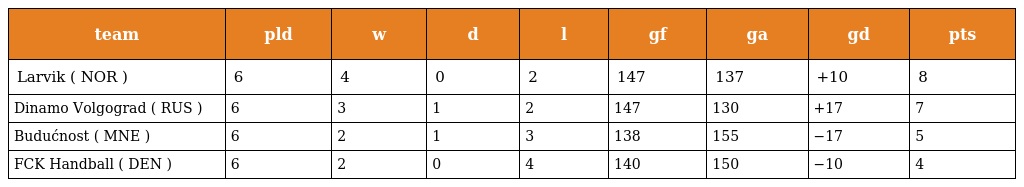
| team | pld | w | d | l | gf | ga | gd | pts |
 | --- | --- | --- | --- | --- | --- | --- | --- | --- |
 | Larvik ( NOR ) | 6 | 4 | 0 | 2 | 147 | 137 | +10 | 8 |
 | Dinamo Volgograd ( RUS ) | 6 | 3 | 1 | 2 | 147 | 130 | +17 | 7 |
 | Budućnost ( MNE ) | 6 | 2 | 1 | 3 | 138 | 155 | −17 | 5 |
 | FCK Handball ( DEN ) | 6 | 2 | 0 | 4 | 140 | 150 | −10 | 4 |